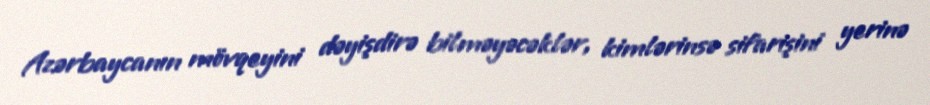
Azərbaycanın mövqeyini dəyişdirə bilməyəcəklər, kimlərinsə sifarişini yerinə